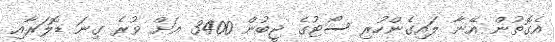
އެގޮތުން އޭނާ ލައިގެންހުރި ސޯޓުގެ ޖީބުން 3400 އަށް ވުރެ ގިނަ ޑޮލަރާއި